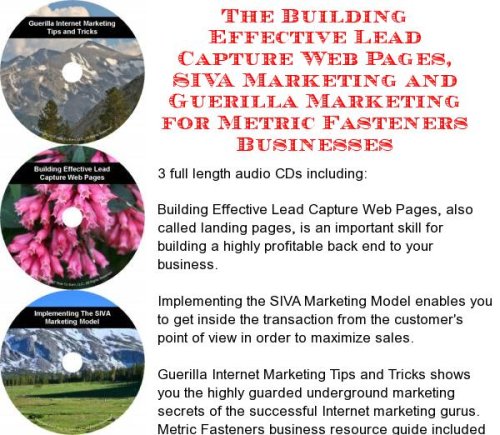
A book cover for The Guerilla Marketing, Building Effective Lead Capture Web Pages, SIVA Marketing for Metric Fasteners Businesses; J Bowman J Orr; Computers & Technology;